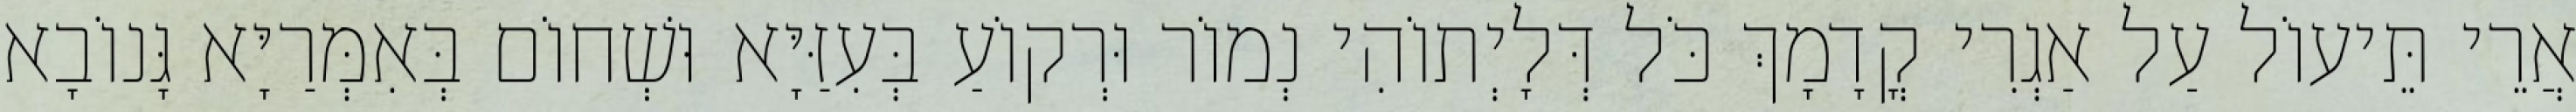
אֲרֵי תֵּיעוֹל עַל אַגְרִי קֳדָמָךְ כֹּל דְּלָיְתוֹהִי נְמוֹר וּרְקוֹעַ בְּעִזַּיָּא וּשְׁחוֹם בְּאִמְּרַיָּא גָּנוֹבָא